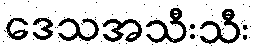
ဒေသအသီးသီး